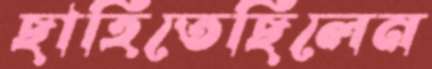
ছাহিতেছিলেন